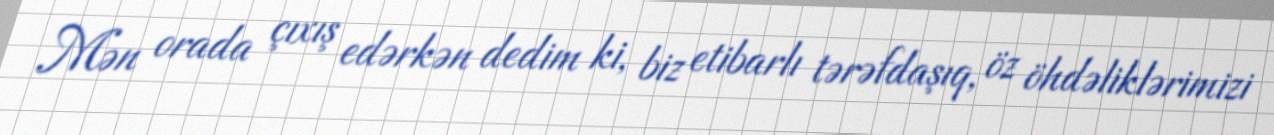
Mən orada çıxış edərkən dedim ki, biz etibarlı tərəfdaşıq, öz öhdəliklərimizi